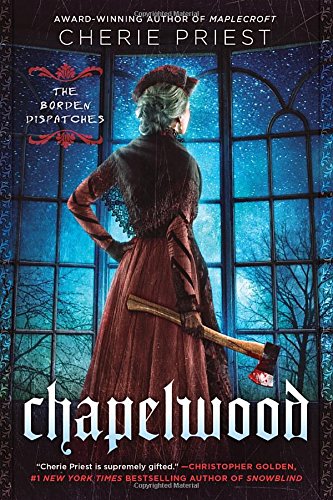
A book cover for Chapelwood: The Borden Dispatches; Cherie Priest; Science Fiction & Fantasy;